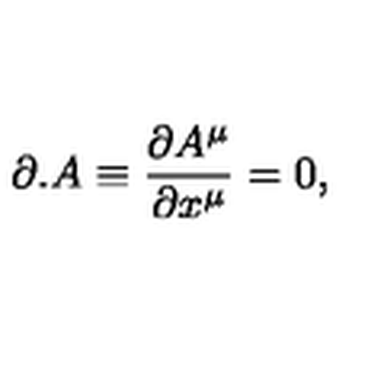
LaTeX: \partial . A \equiv \frac { \partial A ^ { \mu } } { \partial x ^ { \mu } } = 0 ,